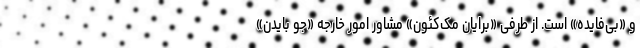
و «بی‌فایده» است. از طرفی «برایان مک‌کئون» مشاور امور خارجه «جو بایدن»